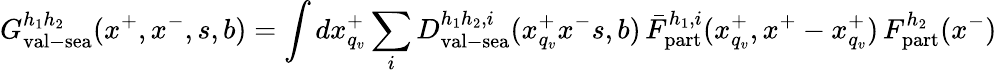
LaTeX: G_{\mathrm{val}-\mathrm{sea}}^{h_{1}h_{2}}(x^{+},x^{-},s,b)=\int dx_{q_{v}}^{+}\sum_{i}D_{\mathrm{val}-\mathrm{sea}}^{h_{1}h_{2},i}(x_{q_{v}}^{+}x^{-}s,b)\, \bar{F}_{\mathrm{part}}^{h_{1},i}(x_{q_{v}}^{+},x^{+}-x_{q_{v}}^{+})\, F_{\mathrm{part}}^{h_{2}}(x^{-})